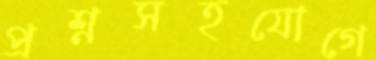
প্রশ্নসহযোগে